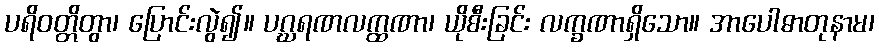
ပရိဝတ္တိတွာ၊ ပြောင်းလွဲ၍။ ပဂ္ဃရဏလက္ထဏာ၊ ယိုစီးခြင်း လက္ခဏာရှိသော။ အာပေါဓာတုနာမ၊